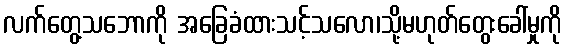
လက်တွေ့သဘောကို အခြေခံထားသင့်သလော၊သို့မဟုတ်တွေးခေါ်မှုကို